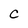
Character: c